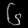
Digit: ၆